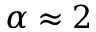
\alpha \approx 2